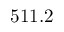
5 1 1 . 2